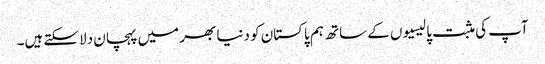
آپ کی مثبت پالیسیوں کے ساتھ ہم پاکستان کو دنیا بھر میں پہچان دلاسکتے ہیں۔